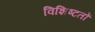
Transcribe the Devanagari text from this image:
विशिष्टतों